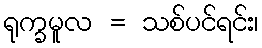
ရုက္ခမူလ = သစ်ပင်ရင်း၊